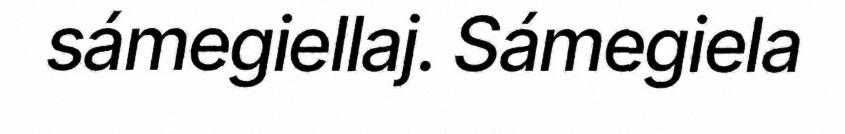
sámegiellaj. Sámegiela